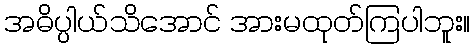
အဓိပ္ပါယ်သိအောင် အားမထုတ်ကြပါဘူး။